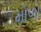
મોળો